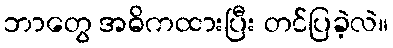
ဘာတွေ အဓိကထားပြီး တင်ပြခဲ့လဲ။